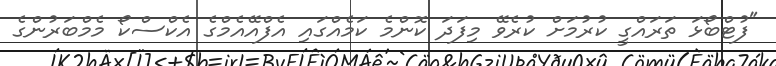
"ފުޓްބޯޅަ ތަރައްގީ ކުރުމަށް ކުރެވޭ މިފަދަ ކޮންމެ ކަމެއްގައި އެފްއޭއެމްގެ އެކްސްކޯ މެމްބަރުންގެ